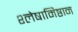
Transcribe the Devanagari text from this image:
श्लेषामिष्ठान